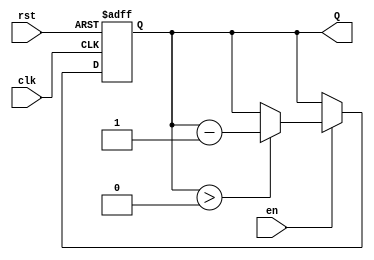
module binary_down_counter #(
    parameter n = 4 // Define the width of the counter (e.g., 4 bits)
) (
    input wire clk,    // Clock signal
    input wire rst,    // Reset signal (active high)
    input wire en,     // Enable signal (active high)
    output reg [n-1:0] Q // n-bit output count
);
    
    // Maximum count value
    localparam MAX_COUNT = (1 << n) - 1; // 2^n - 1

    // Always block for synchronous operation
    always @(posedge clk or posedge rst) begin
        if (rst) begin
            // Reset the counter to MAX_COUNT
            Q <= MAX_COUNT;
        end else if (en) begin
            // Decrement the counter unless it is already zero
            if (Q > 0) begin
                Q <= Q - 1;
            end
        end
    end

    // Initialize output on reset condition
    initial begin
        Q = MAX_COUNT; // Set to maximum count value initially
    end

endmodule